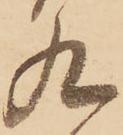
九